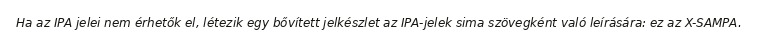
Ha az IPA jelei nem érhetők el, létezik egy bővített jelkészlet az IPA-jelek sima szövegként való leírására: ez az X-SAMPA.